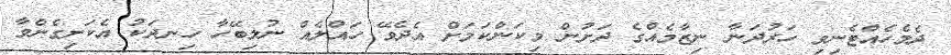
ދެމެހެއްޓެނިވި ހަރުދަނާ ނިޒާމެއްގެ ދަށުން މިކަންކަމަށް އެދެވޭ ހައްލެއް ނުލިބޭހާ ހިނދަކު އެކަށިގެންވާ